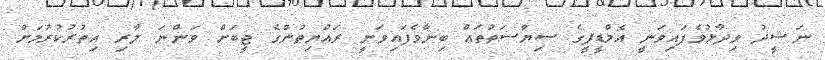
ނަޝީދު ވިދާޅުވެފައިވަނީ އެމްޑީޕީގެ ސިޔާސަތުތައް ބިނާވެފައިވަނީ ރައްޔިތުންގެ ޖީބަށް ވަންނަ ލާރި އިތުރުކުރުމަށް